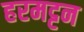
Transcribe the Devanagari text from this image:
हरमट्टन